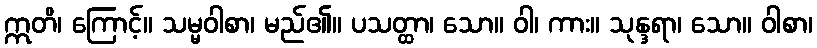
ဣတိ၊ ကြောင့်။ သမ္မဝါစာ၊ မည်၏။ ပသတ္ထာ၊ သော။ ဝါ၊ ကား။ သုန္ဒရာ၊ သော။ ဝါစာ၊